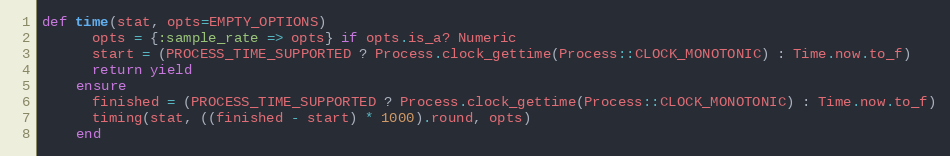
Language: Ruby
def time(stat, opts=EMPTY_OPTIONS)
      opts = {:sample_rate => opts} if opts.is_a? Numeric
      start = (PROCESS_TIME_SUPPORTED ? Process.clock_gettime(Process::CLOCK_MONOTONIC) : Time.now.to_f)
      return yield
    ensure
      finished = (PROCESS_TIME_SUPPORTED ? Process.clock_gettime(Process::CLOCK_MONOTONIC) : Time.now.to_f)
      timing(stat, ((finished - start) * 1000).round, opts)
    end